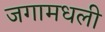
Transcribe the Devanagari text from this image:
जगामधली